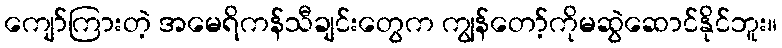
ကျော်ကြားတဲ့ အမေရိကန်သီချင်းတွေက ကျွန်တော့်ကိုမဆွဲဆောင်နိုင်ဘူး။